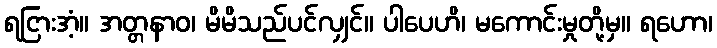
ရငြားအံ့။ အတ္တနာဝ၊ မိမိသည်ပင်လျှင်။ ပါပေဟိ၊ မကောင်းမှုတို့မှ။ ရဟော၊